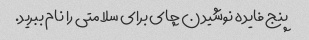
پنج فایده نوشیدن چای برای سلامتی را نام ببرید.